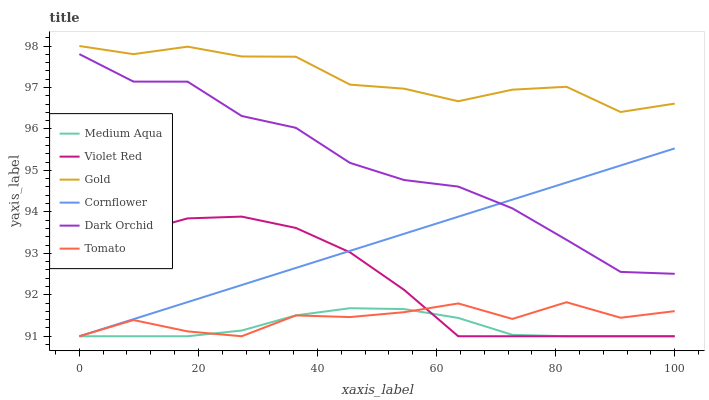
| xaxis_label | Medium Aqua | Violet Red | Gold | Cornflower | Dark Orchid | Tomato |
 | --- | --- | --- | --- | --- | --- | --- |
 | 0 | 91 | 92.8 | 98 | 91 | 97.8 | 91 |
 | 9.09 | 91 | 93.5 | 97.8 | 91.4 | 97.1 | 91.4 |
 | 18.2 | 91 | 93.8 | 98 | 91.8 | 97.1 | 91.1 |
 | 27.3 | 91.1 | 93.9 | 97.7 | 92.2 | 96.3 | 91 |
 | 36.4 | 91.5 | 93.6 | 97.7 | 92.6 | 96 | 91.5 |
 | 45.5 | 91.7 | 93 | 97.1 | 93.1 | 95.2 | 91.5 |
 | 54.5 | 91.7 | 92.1 | 97 | 93.5 | 94.8 | 91.6 |
 | 63.6 | 91.4 | 91 | 96.7 | 93.9 | 94.6 | 91.8 |
 | 72.7 | 91 | 91 | 96.9 | 94.3 | 94.1 | 91.4 |
 | 81.8 | 91 | 91 | 97 | 94.7 | 93.3 | 91.8 |
 | 90.9 | 91 | 91 | 96.4 | 95.1 | 92.6 | 91.4 |
 | 100 | 91 | 91 | 96.6 | 95.5 | 92.5 | 91.6 |